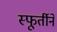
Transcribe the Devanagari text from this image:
स्फूर्तीने